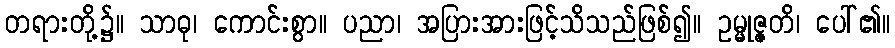
တရားတို့၌။ သာဓု၊ ကောင်းစွာ။ ပညာ၊ အပြားအားဖြင့်သိသည်ဖြစ်၍။ ဥမ္မုဇ္ဇတိ၊ ပေါ်၏။